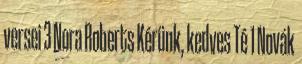
versei 3 Nora Roberts Kérünk, kedves Té 1 Novák